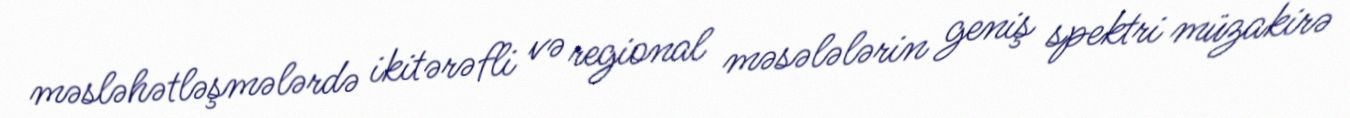
məsləhətləşmələrdə ikitərəfli və regional məsələlərin geniş spektri müzakirə